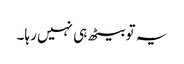
یہ تو بیٹھ ہی نہیں رہا۔